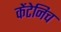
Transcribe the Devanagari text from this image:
केंटेनिच